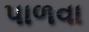
પાળવા